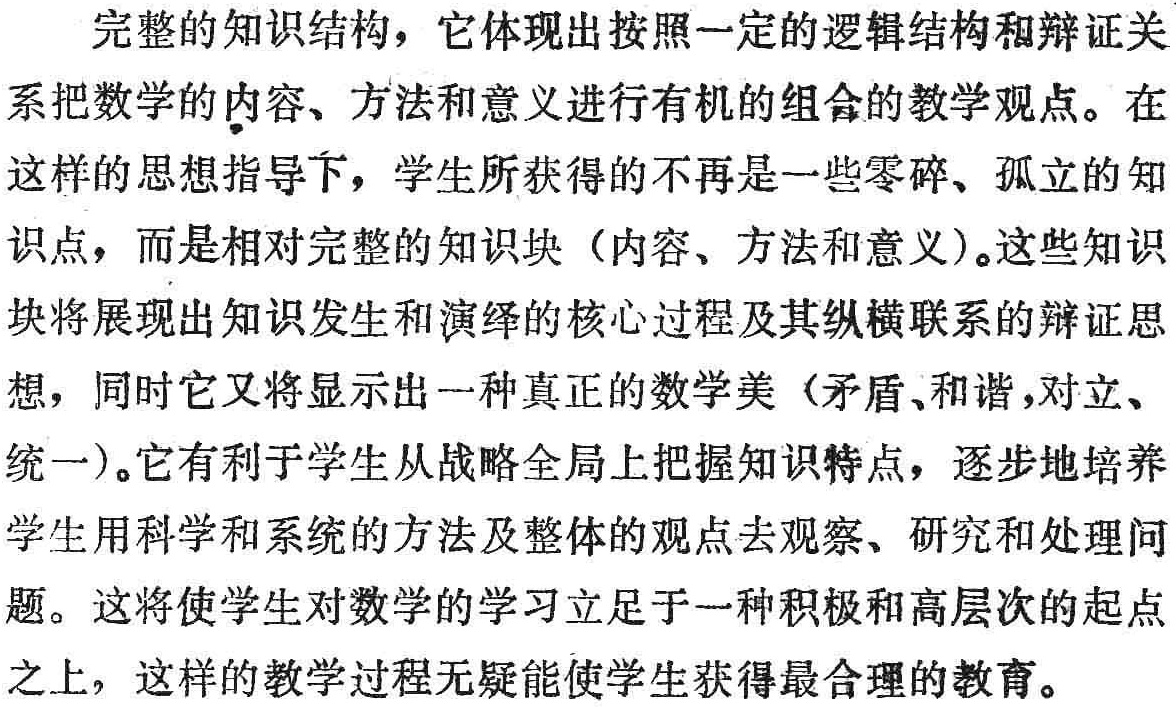
完整的知识结构，它体现出按照一定的逻辑结构和辩证关系把数学的内容、方法和意义进行有机的组合的教学观点。在这样的思想指导下，学生所获得的不再是一些零碎、孤立的知识点，而是相对完整的知识块（内容、方法和意义）。这些知识块将展现出知识发生和演绎的核心过程及其纵横联系的辩证思想，同时它又将显示出一种真正的数学美（矛盾、和谐，对立、统一）。它有利于学生从战略全局上把握知识特点，逐步地培养学生用科学和系统的方法及整体的观点去观察、研究和处理问题。这将使学生对数学的学习立足于一种积极和高层次的起点之上，这样的教学过程无疑能使学生获得最合理的教育。